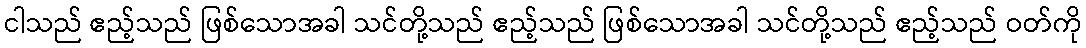
ငါသည် ဧည့်သည် ဖြစ်သောအခါ သင်တို့သည် ဧည့်သည် ဖြစ်သောအခါ သင်တို့သည် ဧည့်သည် ဝတ်ကို